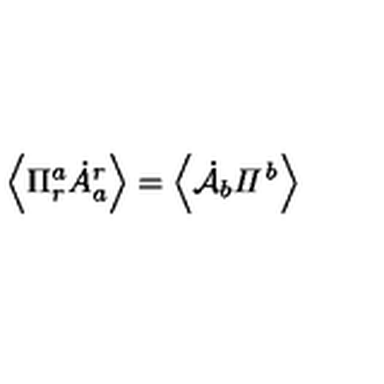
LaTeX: \left\langle \Pi _ { r } ^ { a } \dot { A } _ { a } ^ { r } \right\rangle = \left\langle \dot { { \cal A } } _ { b } { \it \Pi ^ { b } } \right\rangle